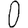
Digit: 0